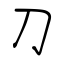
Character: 刀